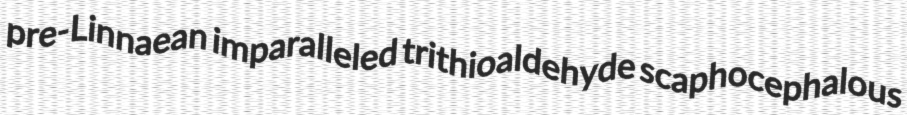
pre-Linnaean imparalleled trithioaldehyde scaphocephalous